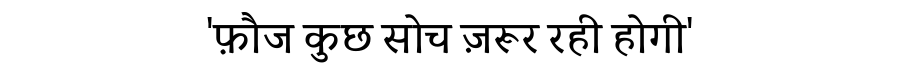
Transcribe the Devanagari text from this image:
'फ़ौज कुछ सोच ज़रूर रही होगी'